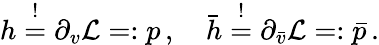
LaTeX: h\stackrel{!}{=}\partial_{v}{\cal L}=:p\, ,\quad\bar{h}\stackrel{!}{=}\partial_{\bar{v}}{\cal L}=:\bar{p}\, .